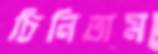
চিনিতাম